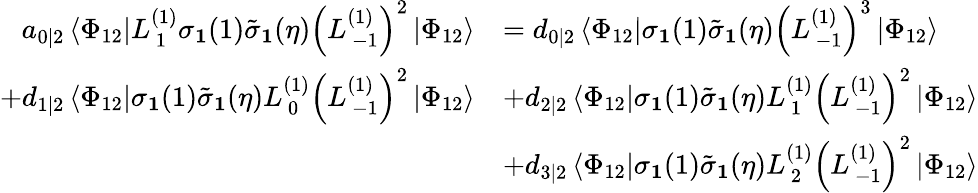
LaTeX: \begin{array}{rl}{a_{0|2}\left\langle\Phi_{12}\right|L_{\, 1}^{(1)}\sigma_{\mathbf{1}}(1)\tilde{\sigma}_{\mathbf{1}}(\eta)\left(L_{\, -1}^{(1)}\right)^{2}\left|\Phi_{12}\right\rangle}&{=d_{0|2}\left\langle\Phi_{12}\right|\sigma_{\mathbf{1}}(1)\tilde{\sigma}_{\mathbf{1}}(\eta)\left(L_{\, -1}^{(1)}\right)^{3}\left|\Phi_{12}\right\rangle}\\ {+d_{1|2}\left\langle\Phi_{12}\right|\sigma_{\mathbf{1}}(1)\tilde{\sigma}_{\mathbf{1}}(\eta)L_{\, 0}^{(1)}\left(L_{\, -1}^{(1)}\right)^{2}\left|\Phi_{12}\right\rangle}&{+d_{2|2}\left\langle\Phi_{12}\right|\sigma_{\mathbf{1}}(1)\tilde{\sigma}_{\mathbf{1}}(\eta)L_{\, 1}^{(1)}\left(L_{\, -1}^{(1)}\right)^{2}\left|\Phi_{12}\right\rangle}\\ &{+d_{3|2}\left\langle\Phi_{12}\right|\sigma_{\mathbf{1}}(1)\tilde{\sigma}_{\mathbf{1}}(\eta)L_{\, 2}^{(1)}\left(L_{\, -1}^{(1)}\right)^{2}\left|\Phi_{12}\right\rangle}\end{array}